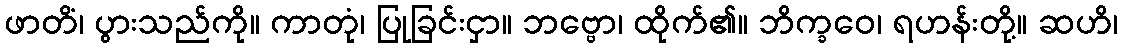
ဖာတိံ၊ ပွားသည်ကို။ ကာတုံ၊ ပြုခြင်းငှာ။ ဘဗ္ဗော၊ ထိုက်၏။ ဘိက္ခဝေ၊ ရဟန်းတို့။ ဆဟိ၊